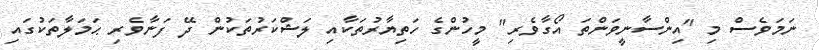
ނަމަވެސް މި "އިންސާނީވަންތަ އޯގާވެރި" މީހުންގެ ހަތިޔާރުތަކާއި ލަޝްކަރުތަކުން ދޭ ފަނާވެރި ޙަމަލާތަކުގައި